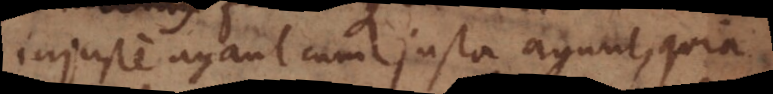
injuste agant cum justa agunt, quia